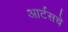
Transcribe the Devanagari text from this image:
आर्टसचे